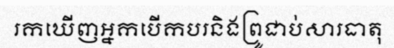
រកឃើញអ្នកបើកបរនិងព្រូជាប់សារធាតុ